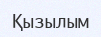
Қызылым